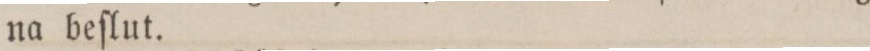
na beſlut.